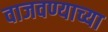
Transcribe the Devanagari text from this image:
वाजवण्याच्या